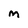
Character: m